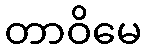
တာဝိမေ